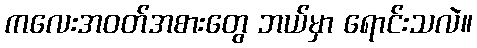
ကလေးအဝတ်အစားတွေ ဘယ်မှာ ရောင်းသလဲ။